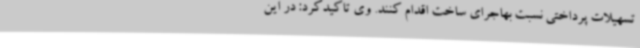
تسهیلات پرداختی نسبت بهاجرای ساخت اقدام کنند. وی تاکیدکرد: در این